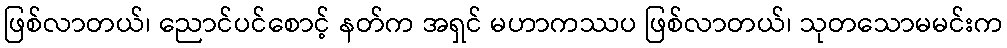
ဖြစ်လာတယ်၊ ညောင်ပင်စောင့် နတ်က အရှင် မဟာကဿပ ဖြစ်လာတယ်၊ သုတသောမမင်းက